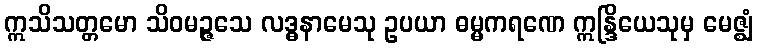
ဣသိသတ္တမော သိဝမဉ္ဇသေ လဒ္ဓနာမေသု ဥပယာ ဓမ္မကရဏေ ဣန္ဒြိယေသုမှ မေဇ္ဈံ